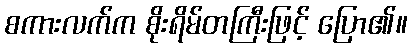
စကားလက်က စိုးရိမ်တကြီးဖြင့် ပြော၏။